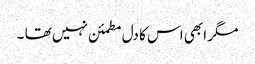
مگر ابھی اس کا دل مطمئن نہیں تھا ۔